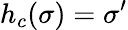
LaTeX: h_{c}(\sigma)=\sigma^{\prime}